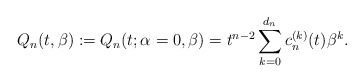
\begin{gather*}Q_n(t,\beta):= Q_n(t;\alpha=0,\beta)= t^{n-2} \sum_{k=0}^{d_{n}} c_{n}^{(k)}(t) \beta^{k}.\end{gather*}